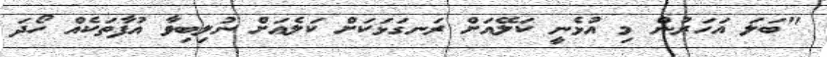
"ބަލަ އަހަރުން މި އުޅެނީ ކަލޭއަށް ރަނގަޅަކަށް ކަލެއަށް ނުލިބިވާ އުފާތަކެއް ހޯދަ